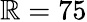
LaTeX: \mathbb{R}=75